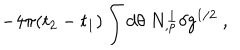
- 4 \pi ( t _ { 2 } - t _ { 1 } ) \int d \theta \ N _ { , \rho } ^ { \perp } \delta g ^ { 1 / 2 } \ ,